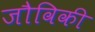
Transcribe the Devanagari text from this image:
जौविकी